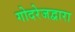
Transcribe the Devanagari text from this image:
गोदरेजद्वारा